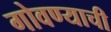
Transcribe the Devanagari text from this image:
गोवण्याची